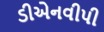
ડીએનવીપી